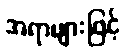
အရာများဖြင့်